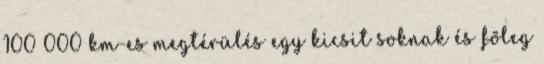
100 000 km-es megtérülés egy kicsit soknak és fõleg